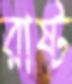
রাষ্ট